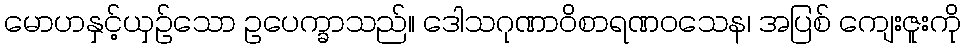
မောဟနှင့်ယှဉ်သော ဥပေက္ခာသည်။ ဒေါသဂုဏာဝိစာရဏဝသေန၊ အပြစ် ကျေးဇူးကို